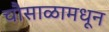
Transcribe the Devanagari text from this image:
चौसाळामधून